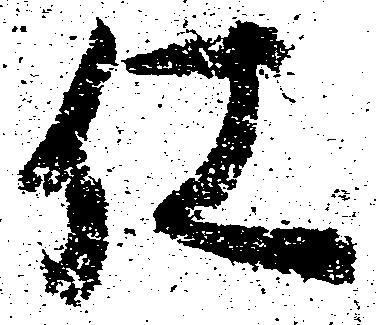
仕